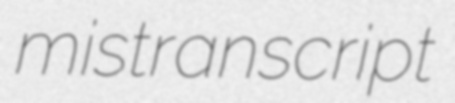
mistranscript